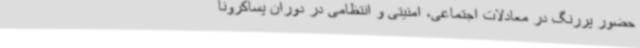
حضور پررنگ در معادلات اجتماعی، امنیتی و انتظامی در دوران پساکرونا